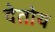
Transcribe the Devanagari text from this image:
देतोय